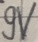
Text: 9V